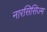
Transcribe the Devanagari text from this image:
नारसिसिज्म